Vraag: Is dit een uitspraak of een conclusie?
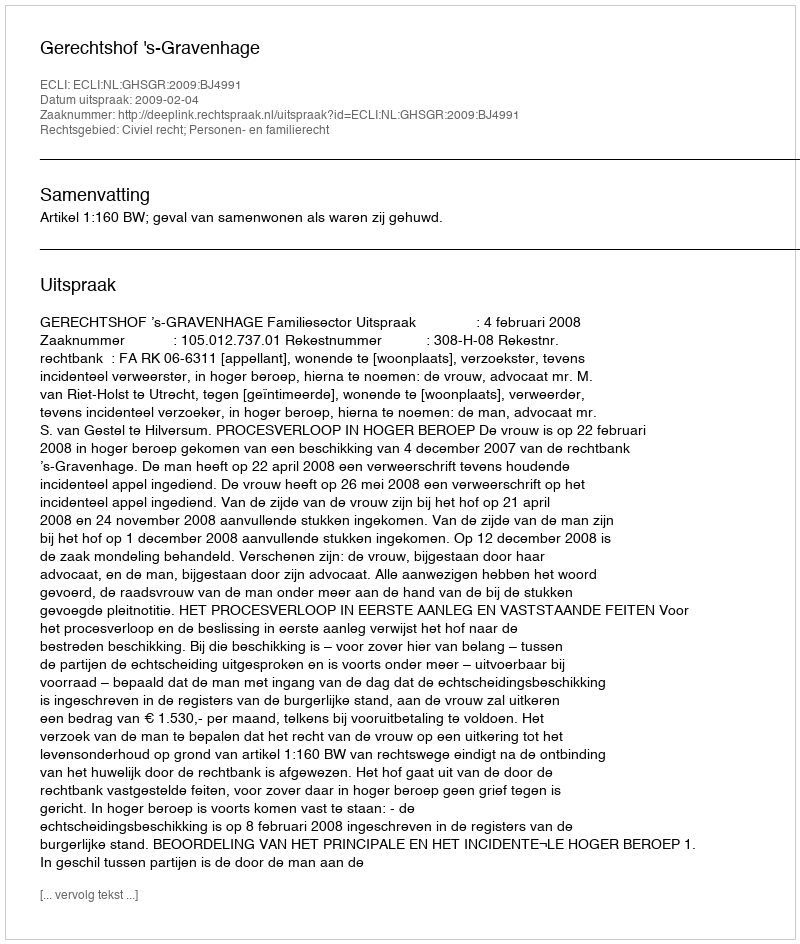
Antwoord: Uitspraak